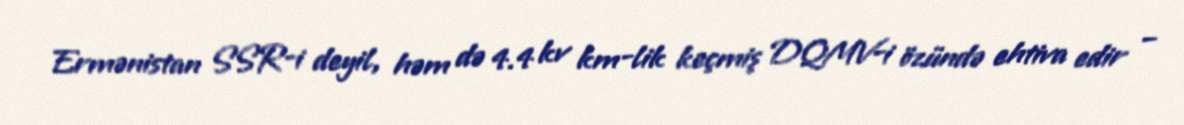
Ermənistan SSR-i deyil, həm də 4.4 kv km-lik keçmiş DQMV-i özündə ehtiva edir –